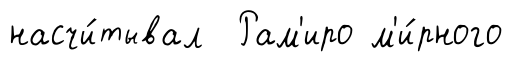
насчи́тывал Рам'иро м'и́рного